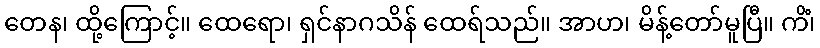
တေန၊ ထို့ကြောင့်။ ထေရော၊ ရှင်နာဂသိန် ထေရ်သည်။ အာဟ၊ မိန့်တော်မူပြီ။ ကိံ၊